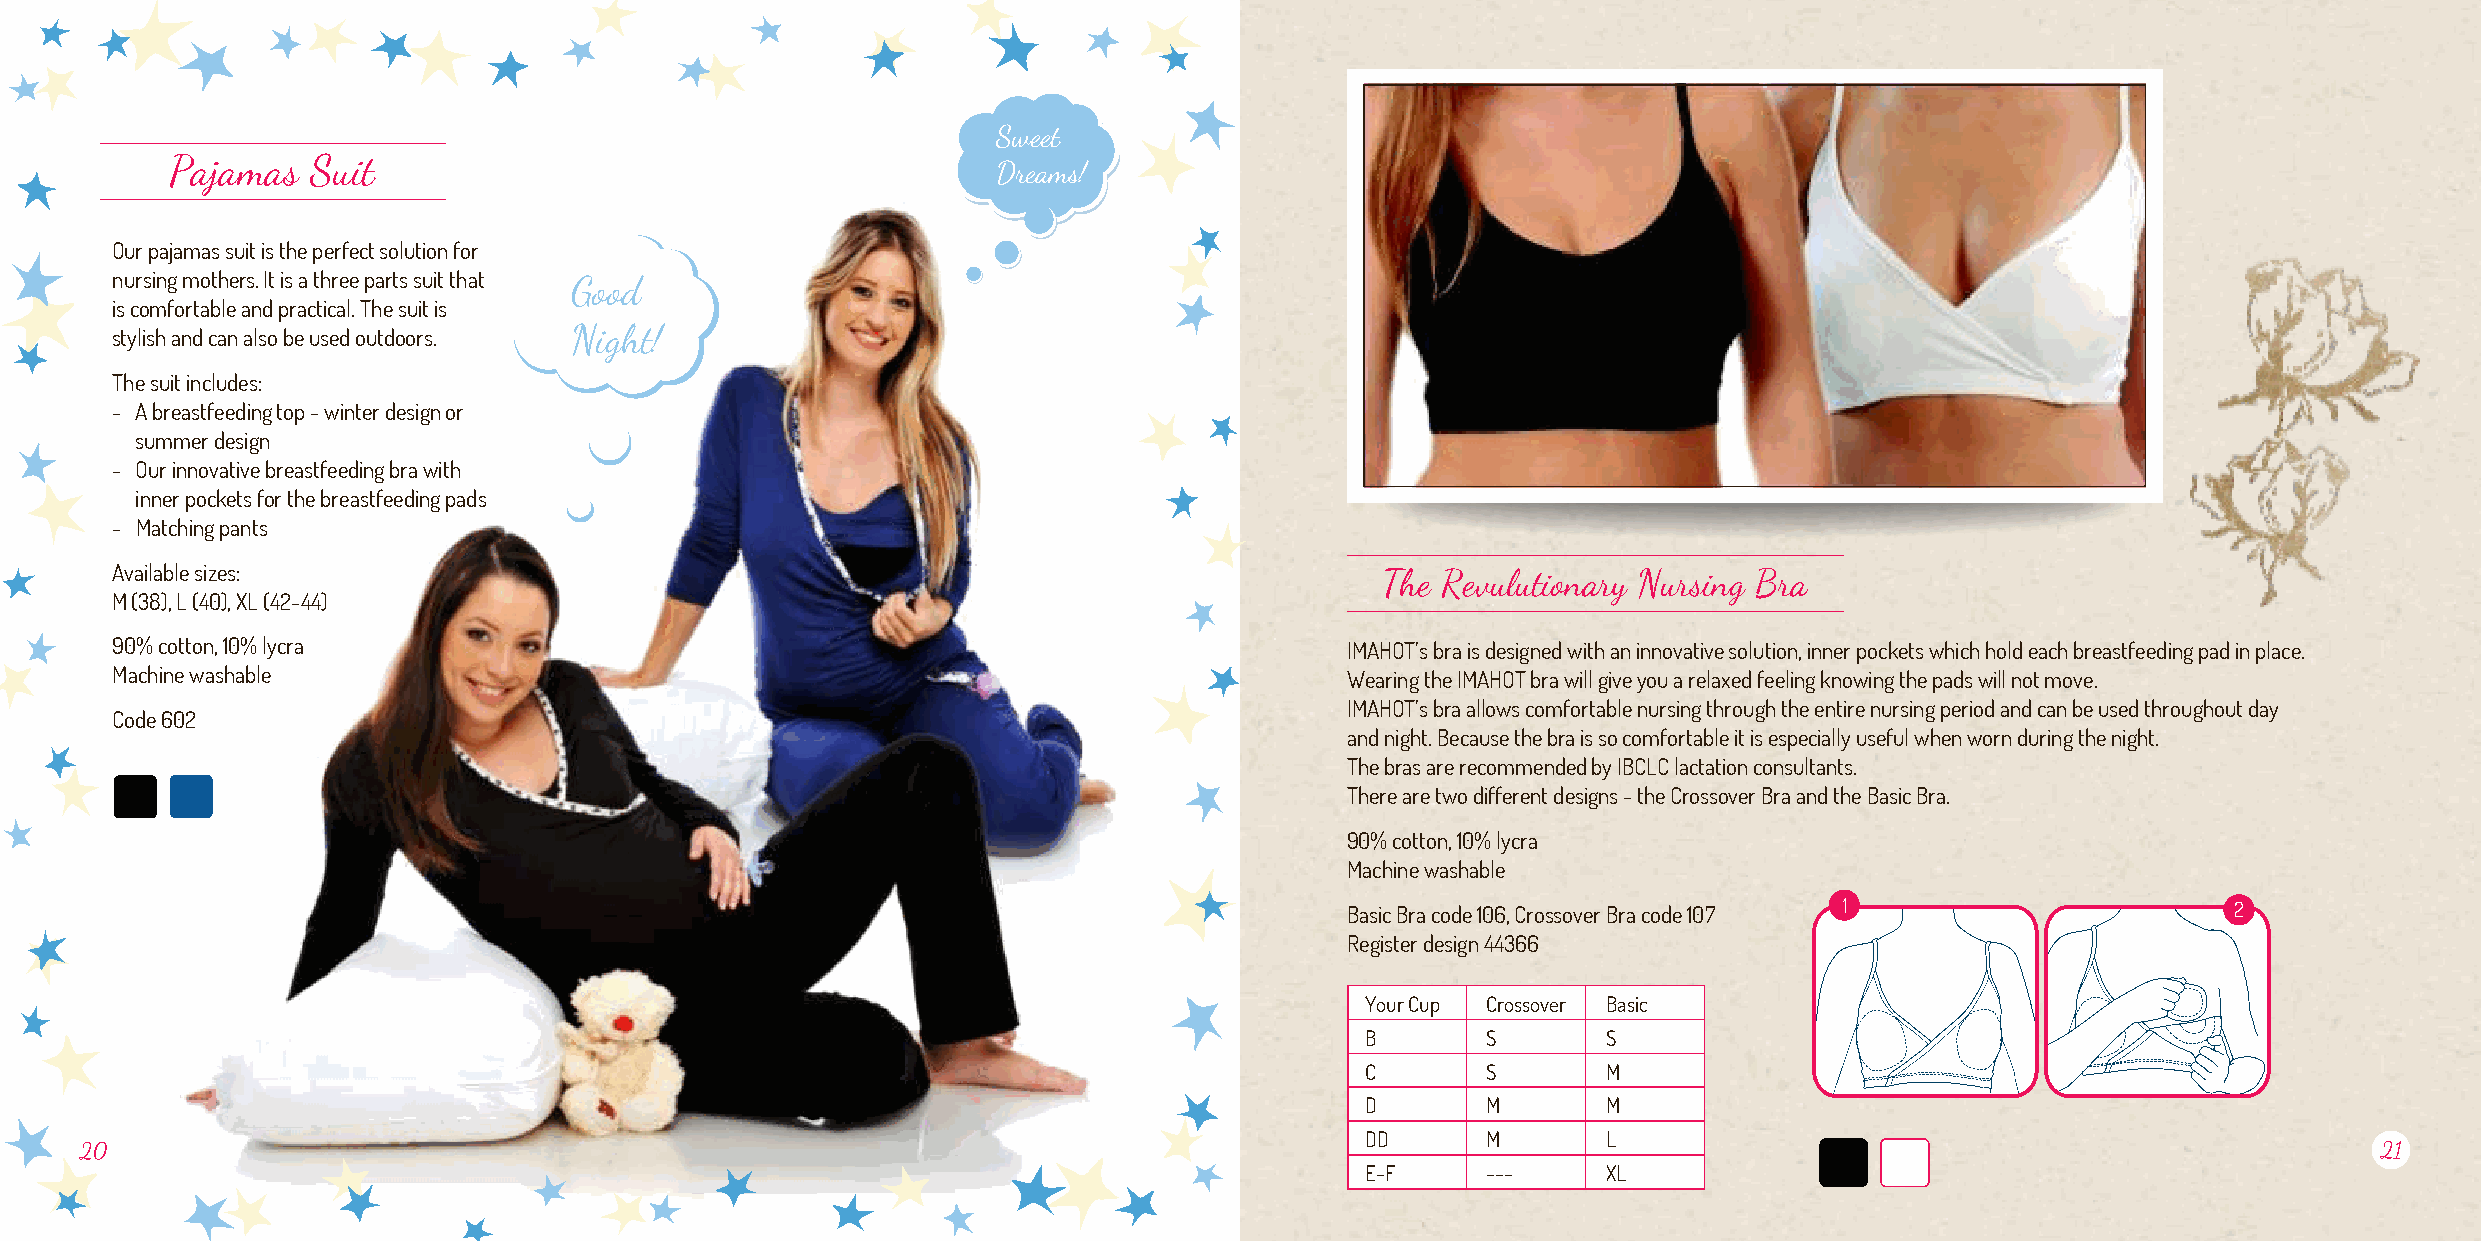
Sweet
 Pajamas   Suit
 Dreams!
 Our pajamas suit is the perfect solution for
 nursing mothers. It is a three parts suit that Good
 is comfortable and practical. The suit is
 stylish and can also be used outdoors. Night!
 The suit includes:
 - A breastfeeding top - winter design or
 summer design
 - Our innovative breastfeeding bra with
 inner pockets for the breastfeeding pads
 - Matching pants
 Available sizes:                                                                     The Revulutionary Nursing Bra
 M (38), L (40), XL (42-44)
 90% cotton, 10% lycra                                                             IMAHOT’s bra is designed with an innovative solution, inner pockets which hold each breastfeeding pad in place.
 Machine washable                                                                  Wearing the IMAHOT bra will give you a relaxed feeling knowing the pads will not move.
 IMAHOT’s bra allows comfortable nursing through the entire nursing period and can be used throughout day
 Code 602
 and night. Because the bra is so comfortable it is especially useful when worn during the night.
 The bras are recommended by IBCLC lactation consultants.
 There are two different designs - the Crossover Bra and the Basic Bra.
 90% cotton, 10% lycra
 Machine washable
 Basic Bra code 106, Crossover Bra code 107 1               2
 Register design 44366
 Your Cup Crossover Basic
 B       S       S
 C       S       M
 D       M       M
 DD      M       L
 20                                                                                                                                                       21
 E-F     ---     XL